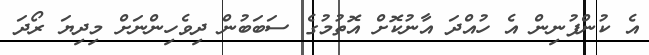
އެ ކުންފުނިން އެ ހުއްދަ އާނުކޮށް އޮތުމުގެ ސަބަބުން ދިވެހިންނަށް މިދިޔަ ރޯދަ